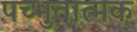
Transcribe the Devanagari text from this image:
पच्भुतात्मक